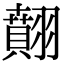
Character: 翸